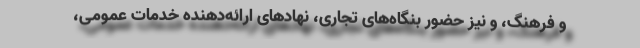
و فرهنگ، و نیز حضور بنگاه‌های تجاری، نهادهای ارائه‌دهنده خدمات عمومی،